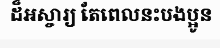
ដ៏អស្ចារ្យ តែពេលនះបងប្អូន